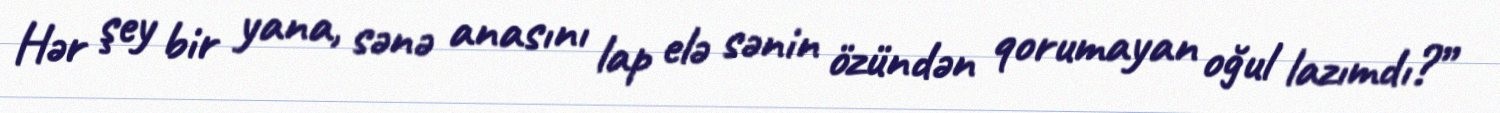
Hər şey bir yana, sənə anasını lap elə sənin özündən qorumayan oğul lazımdı?”